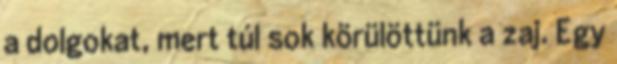
a dolgokat, mert túl sok körülöttünk a zaj. Egy